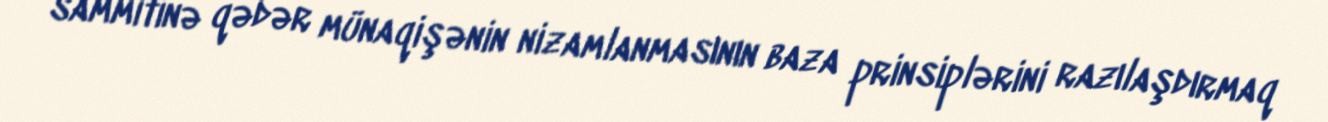
sammitinə qədər münaqişənin nizamlanmasının baza prinsiplərini razılaşdırmaq